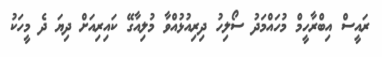
ރައީސް އިބްރާހީމް މުހައްމަދު ސޯލިހު ދިރިއުޅުއްވާ މުލިއާގޭ ކައިރިއަށް ދިޔަ ދެ މީހަކު